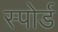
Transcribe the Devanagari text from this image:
स्पोर्ड